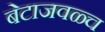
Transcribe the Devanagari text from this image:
बेटाजवळ्च